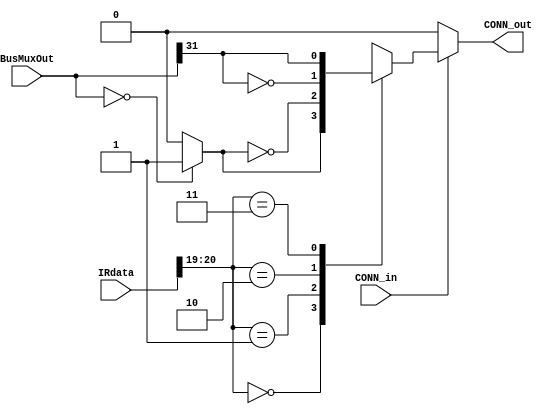
module CONN_FF (
    input [31:0] IRdata,
    input [31:0] BusMuxOut,
    input wire CONN_in,
    output reg CONN_out
);
    wire [1:0] IRin;
    wire nor_bus, msb_bus;
	 reg D;

    assign IRin = IRdata[20:19];

    //Nor gate all bus inputs
    assign nor_bus = BusMuxOut == 0 ? 1'b1 : 1'b0;

    //Get MSB of bus
    assign msb_bus = BusMuxOut[31];

    //2 to 4 decoder and value a
    always @(*) begin
        case(IRin)
            2'b00: D = nor_bus;
            2'b01: D = ~nor_bus;
            2'b10: D = ~msb_bus;
            2'b11: D = msb_bus;
        endcase

        if(CONN_in)
            CONN_out = D;
        else
            CONN_out = 1'b0;
    end
endmodule